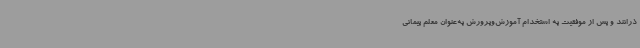
ذرانند و پس از موفقیت به استخدام آموزش‌وپرورش به‌عنوان معلم پیمانی